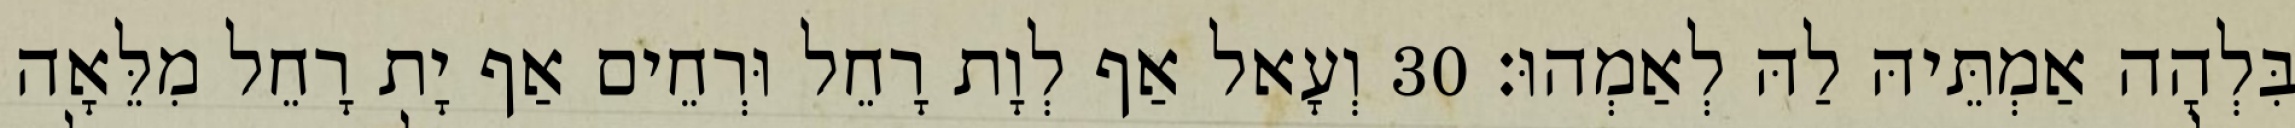
בִּלְהָה אַמְתֵּיהּ לַהּ לְאַמְהוּ׃ 30 וְעָאל אַף לְוָת רָחֵל וּרְחֵים אַף יָת רָחֵל מִלֵּאָה